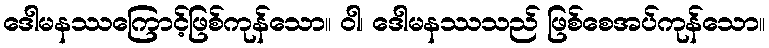
ဒေါမနဿကြောင့်ဖြစ်ကုန်သော။ ဝါ၊ ဒေါမနဿသည် ဖြစ်စေအပ်ကုန်သော။